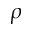
\boldsymbol { \rho }